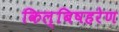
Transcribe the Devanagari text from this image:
किल्बिषहरेण